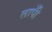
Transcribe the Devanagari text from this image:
तापोँ